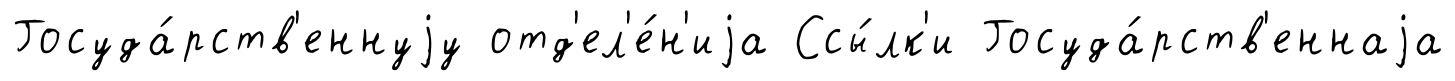
Госуда́рств'еннуjу отд'ел'е́н'иjа Ссы́лк'и Госуда́рств'еннаjа